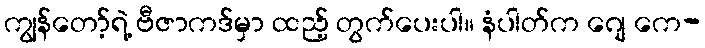
ကျွန်တော့်ရဲ့ ဗီဇာကဒ်မှာ ထည့် တွက်ပေးပါ။ နံပါတ်က ဂျေ ကေ-